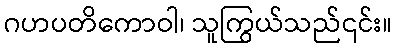
ဂဟပတိကောဝါ၊ သူကြွယ်သည်၎င်း။